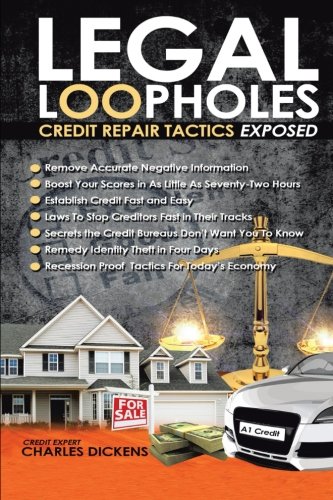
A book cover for Legal Loopholes: Credit Repair Tactics Esposed; Charles Dickens; Business & Money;